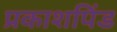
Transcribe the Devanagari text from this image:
प्रकाशपिंड